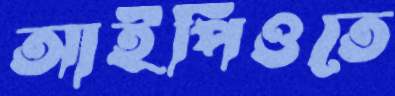
আইপিওতে